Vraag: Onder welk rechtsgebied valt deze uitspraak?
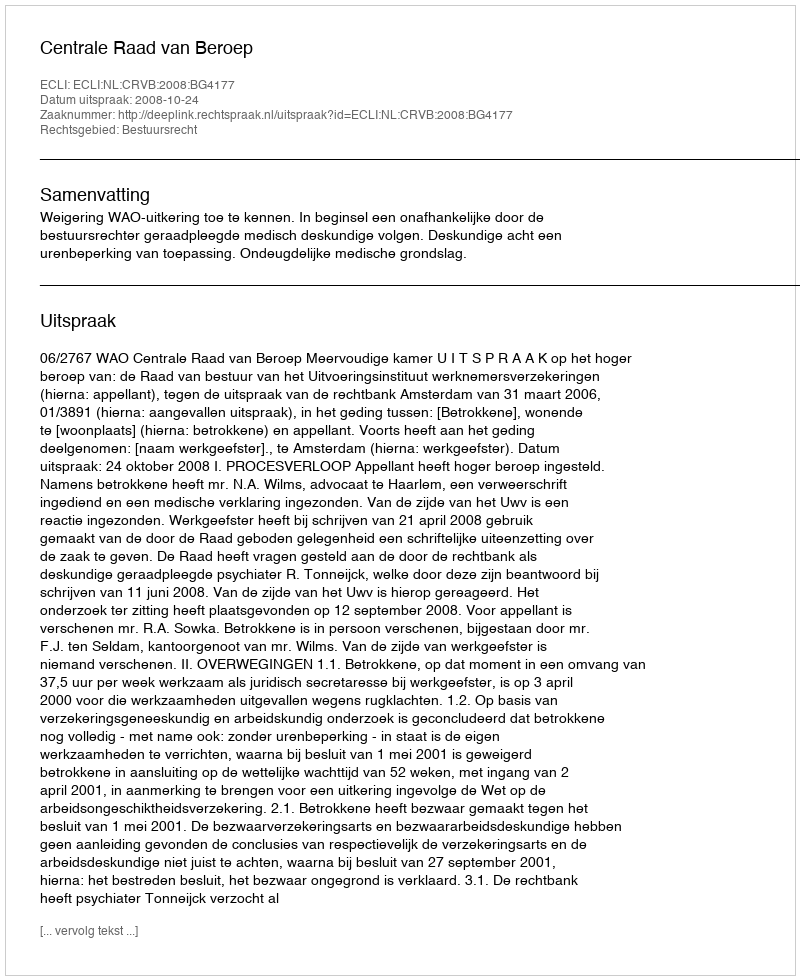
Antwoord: Bestuursrecht